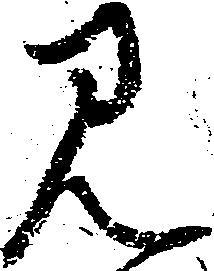
見